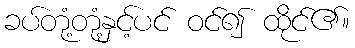
ခပ်တုံ့တုံ့နှင့်ပင် ဝင်၍ ထိုင်၏။